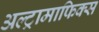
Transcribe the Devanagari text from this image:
अल्ट्रामाफिक्स